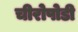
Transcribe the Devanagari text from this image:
चीरोपोडी